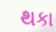
થકા